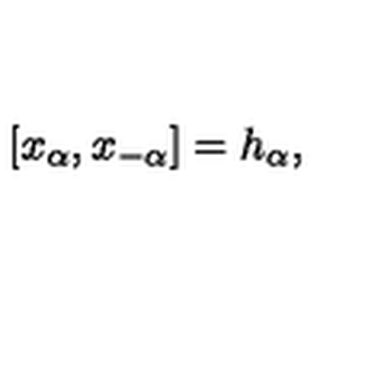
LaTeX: [ x _ { \alpha } , x _ { - \alpha } ] = h _ { \alpha } ,